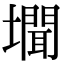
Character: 𭏾